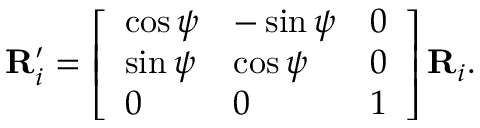
\mathbf { R } _ { i } ^ { \prime } = \left[ \begin{array} { l l l } { \cos { \psi } } & { - \sin { \psi } } & { 0 } \\ { \sin { \psi } } & { \cos { \psi } } & { 0 } \\ { 0 } & { 0 } & { 1 } \end{array} \right] \mathbf { R } _ { i } .